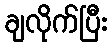
ချလိုက်ပြီး